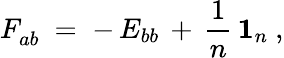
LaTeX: F_{ab}^{}~=\; -\, E_{bb}\, +\, \frac{1}{n}\, \mathbf{1}_{n}~,